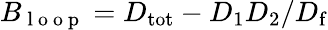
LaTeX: B_{\mathrm{~l~o~o~p~}}=D_{\mathrm{tot}}-D_{1}D_{2}/D_{\mathrm{f}}